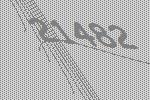
21482